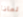
لماذا